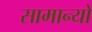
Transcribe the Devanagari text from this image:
सामान्यों